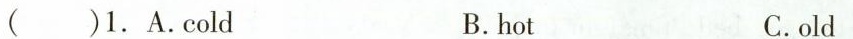
( )1.A.Cold B.hot C.old